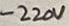
Text: -220V